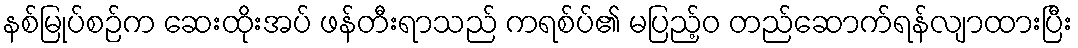
နစ်မြုပ်စဉ်က ဆေးထိုးအပ် ဖန်တီးရာသည် ကရစ်ပ်၏ မပြည့်ဝ တည်ဆောက်ရန်လျာထားပြီး